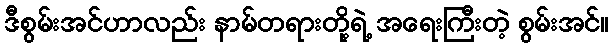
ဒီစွမ်းအင်ဟာလည်း နာမ်တရားတို့ရဲ့ အရေးကြီးတဲ့ စွမ်းအင်။